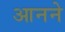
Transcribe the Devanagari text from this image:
आनने